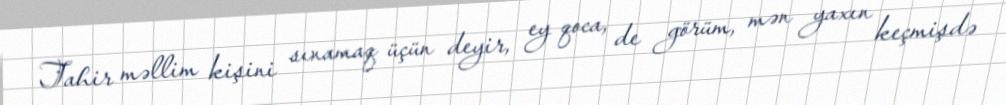
Tahir məllim kişini sınamaq üçün deyir, ey qoca, de görüm, mən yaxın keçmişdə